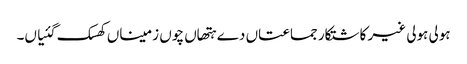
ہولی ہولی غیر کاشتکار جماعتاں دے ہتھاں چوں زمیناں کھسک گئیاں۔